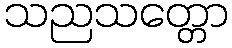
သညသတ္တော